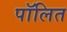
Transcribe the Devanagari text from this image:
पॉलित